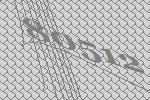
80512